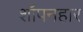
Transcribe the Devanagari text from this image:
शॉपनहार